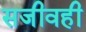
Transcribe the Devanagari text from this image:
सजीवही